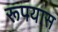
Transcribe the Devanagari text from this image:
रूपयास